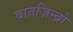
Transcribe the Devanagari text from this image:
वातज़िन्द्रो